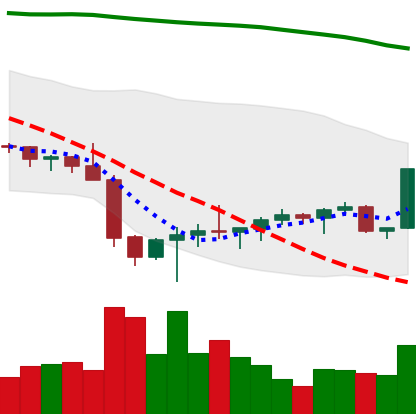
Ticker: BTC-USD
Chart end date: 2022-02-04
Forward return: 6.838%
Label: up_5_7